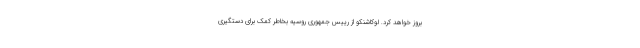
بروز خواهد کرد. لوکاشنکو از رییس جمهوری روسیه بخاطر کمک برای دستگیری